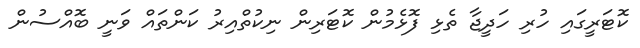
ކޮޓަރީގައި ހުރި ހަދީޖާ ތެޅި ފޮޅެމުން ކޮޓަރިން ނިކުތްއިރު ކަންތައް ވަނީ ބޮއްސުން